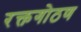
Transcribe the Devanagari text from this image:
रक्तगोठण